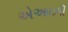
એઆઇપી